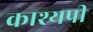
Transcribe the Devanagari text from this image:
काश्यपी